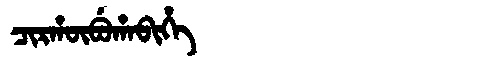
Manchu: ᠴᡳᡵᡥᡡᠪᡠᡥᠠᠪᡳᡥᡝ
Romanization: CIRHŪBUHABIHE